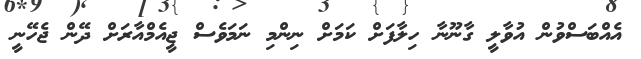
އެއްބަސްވުން އުވާލީ ގާނޫނާ ހިލާފަށް ކަމަށް ނިންމި ނަމަވެސް ޖީއެމްއާރަށް ދޭން ޖެހޭނީ